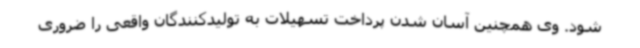
شود. وی همچنین آسان شدن پرداخت تسهیلات به تولیدکنندگان واقعی را ضروری